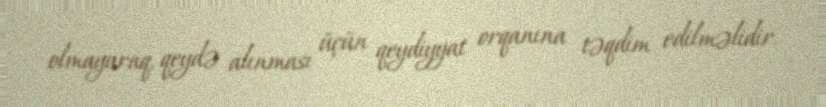
olmayaraq, qeydə alınması üçün qeydiyyat orqanına təqdim edilməlidir.